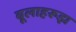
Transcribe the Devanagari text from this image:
बूलाहरूझ